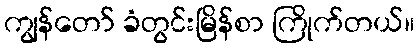
ကျွန်တော် ခံတွင်းမြိန်စာ ကြိုက်တယ်။